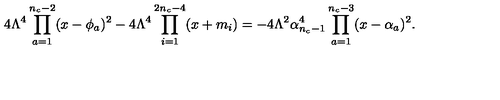
4 \Lambda ^ { 4 } \prod _ { a = 1 } ^ { n _ { c } - 2 } ( x - \phi _ { a } ) ^ { 2 } - 4 \Lambda ^ { 4 } \prod _ { i = 1 } ^ { 2 n _ { c } - 4 } ( x + m _ { i } ) = - 4 \Lambda ^ { 2 } \alpha _ { n _ { c } - 1 } ^ { 4 } \prod _ { a = 1 } ^ { n _ { c } - 3 } ( x - \alpha _ { a } ) ^ { 2 } .